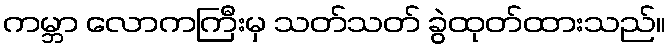
ကမ္ဘာ လောကကြီးမှ သတ်သတ် ခွဲထုတ်ထားသည်။